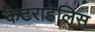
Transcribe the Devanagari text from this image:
केटराहेलिस